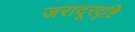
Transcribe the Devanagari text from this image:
जरादूरदृष्टि